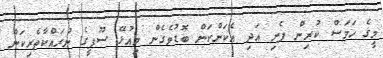
މީގެ ހަމަސް ކުރިން ފެނި އަދި އެކަންކަން ބޮޑުވެގެން މިއުޅޭ ސޫފީގެ ނުރައްކާތެރިކަން